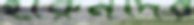
হারুনদের